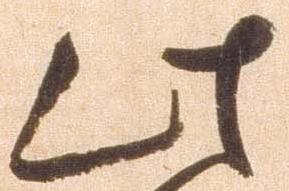
此